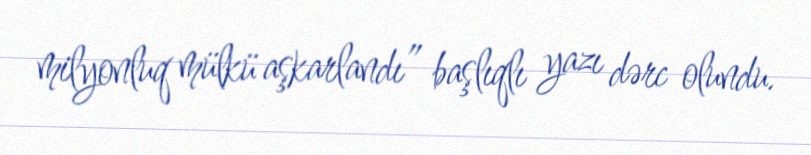
milyonluq mülkü aşkarlandı” başlıqlı yazı dərc olundu.